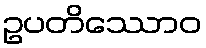
ဥပတိဿောဝ